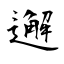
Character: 邂